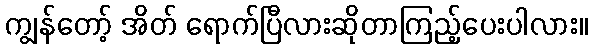
ကျွန်တော့် အိတ် ရောက်ပြီလားဆိုတာကြည့်ပေးပါလား။